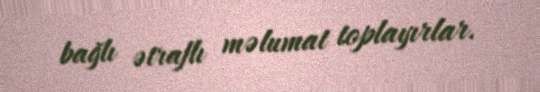
bağlı ətraflı məlumat toplayırlar.